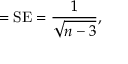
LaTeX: = { \mathrm { S E } } = { \frac { 1 } { \sqrt { n - 3 } } } ,